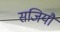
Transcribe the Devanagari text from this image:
सजियौ